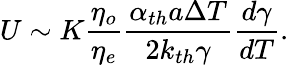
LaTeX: U\sim K\frac{\eta_{o}}{\eta_{e}}\frac{\alpha_{th}a\Delta T}{2k_{th}\gamma}\frac{d\gamma}{dT}.